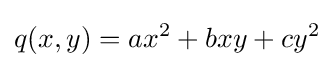
q(x,y)=ax^{2}+bxy+cy^{2}